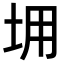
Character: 𡊤